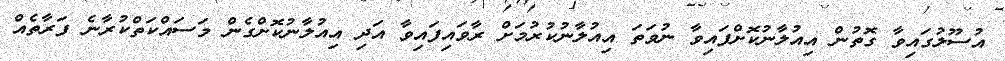
އުސޫލުގައިވާ ގޮތުން އިއުލާނުކޮށްފައިވާ ނުވަތަ އިއުލާނުކުރުމަށް ރާވައިފައިވާ އަދި އިއުލާނުކޮށްގެން މަސައްކަތްކުރާނެ ފަރާތެއް